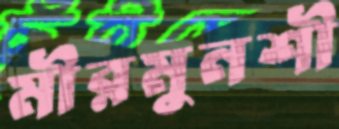
মীরমুনশী